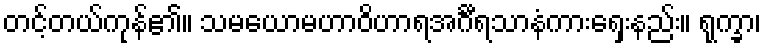
တင့်တယ်ကုန်၏။ သမယောမဟာဝိဟာရအင်္ဂီရသာနံကားရှေးနည်း။ ရုက္ခာ၊